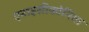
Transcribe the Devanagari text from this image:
एनाइसीकोनिया